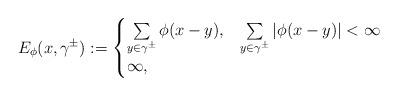
LaTeX: \begin{align*} E_{\phi}(x,\gamma^{\pm}) := \begin{cases} \sum \limits_{y \in \gamma^{\pm}}\phi(x-y), & \sum \limits_{y \in \gamma^{\pm}}|\phi(x-y)| < \infty \\ \infty, & \end{cases}\end{align*}